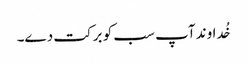
خُداوند آپ سب کو برکت دے۔